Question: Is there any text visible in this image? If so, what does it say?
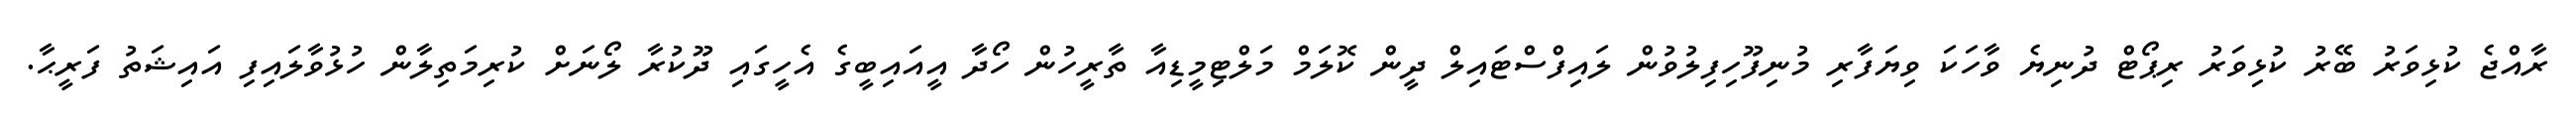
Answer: ރާއްޖެ ކުޅިވަރު ބޭރު ކުޅިވަރު ރިޕޯޓް ދުނިޔެ ވާހަކަ ވިޔަފާރި މުނިފޫހިފިލުވުން ލައިފްސްޓައިލް ދީން ކޮލަމް މަލްޓިމީޑިއާ ތާރީހުން ހޯދާ އީއައިބީގެ އެހީގައި ދޫކުރާ ލޯނަށް ކުރިމަތިލާން ހުޅުވާލައިފި އައިޝަތު ފަރީޙާ.